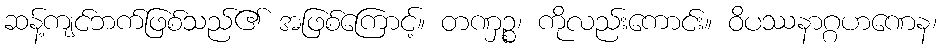
ဆန့်ကျင်ဘက်ဖြစ်သည်၏ အဖြစ်ကြောင့်။ တဏှဉ္စ၊ ကိုလည်းကောင်း။ ဝိပဿနာဂ္ဂဟဏေန၊